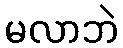
မလာဘဲ